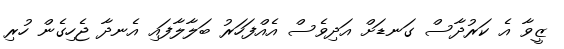
ޒީވާ އެ ކަރުދާސް ގަނޑަށް އަދިވެސް އެއްފަހަރު ބަލާލާފައި އެނދާ ޖެހިގެން ހުރި